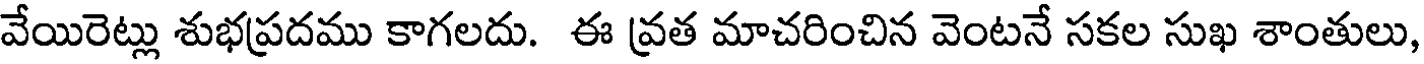
వేయిరెట్లు శుభప్రదము కాగలదు. ఈ వ్రత మాచరించిన వెంటనే సకల సుఖ శాంతులు,